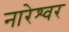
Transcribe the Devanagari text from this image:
नारेश्‍वर